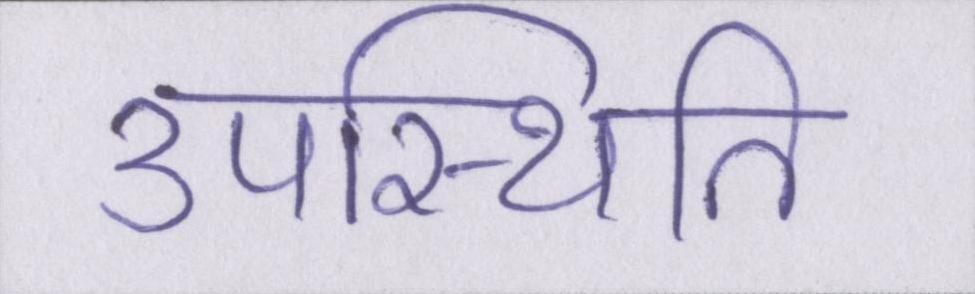
उपस्थिति